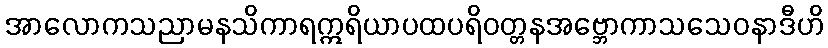
အာလောကသညာမနသိကာရဣရိယာပထပရိဝတ္တနအဗ္ဘောကာသသေဝနာဒီဟိ